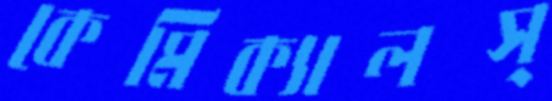
কেমিক্যালস্